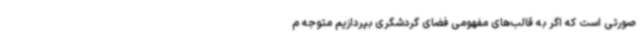
صورتی است که اگر به قالب‌های مفهومی فضای گردشگری بپردازیم متوجه م